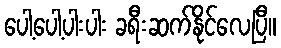
ပေါ့ပေါ့ပါးပါး ခရီးဆက်နိုင်လေပြီ။